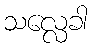
သလ္လေခါ